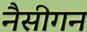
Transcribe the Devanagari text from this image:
नैसीगन